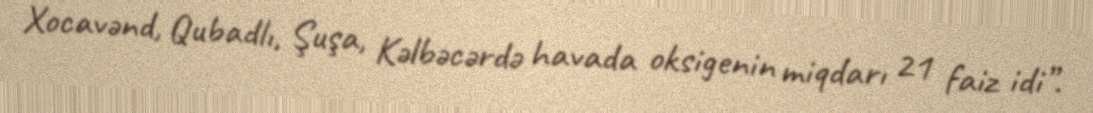
Xocavənd, Qubadlı, Şuşa, Kəlbəcərdə havada oksigenin miqdarı 21 faiz idi”.